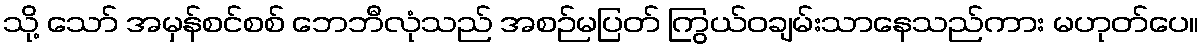
သို့ သော် အမှန်စင်စစ် ဘေဘီလုံသည် အစဉ်မပြတ် ကြွယ်ဝချမ်းသာနေသည်ကား မဟုတ်ပေ။